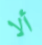
ألا